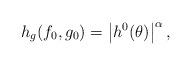
LaTeX: \begin{align*} h_g(f_0,g_0)=\left|{h}^0(\theta) \right|^{\alpha},\end{align*}